Report on sanitation, dispensaries, and jails in Rajputana for 1919, and on vaccination for the year 1919-1920 - 1919-1920
Year: 1919
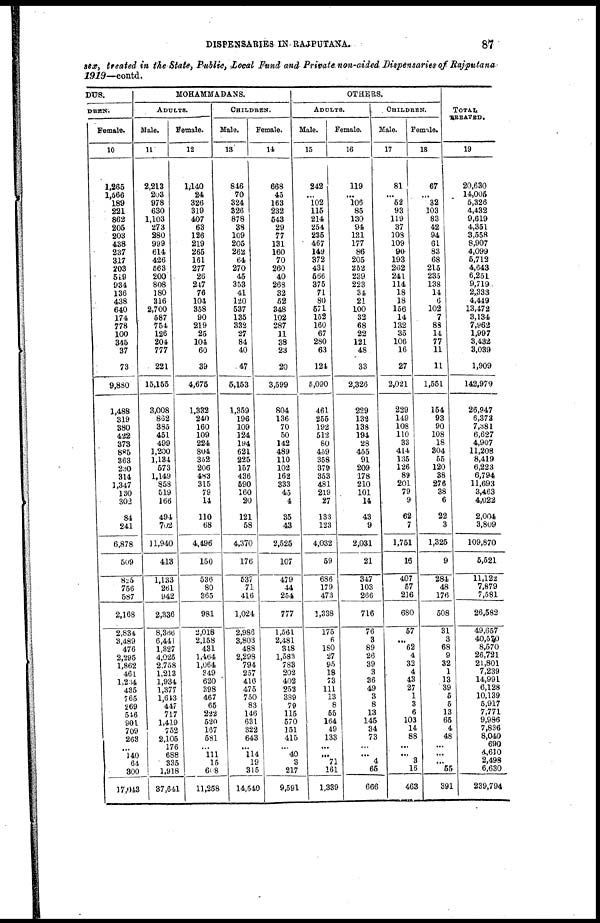
DISPENSARIES IN RAJPUTANA.
87
sex, treated in the State, Public, Local Fund and Private non-aided Dispensaries of Rajputana
1919—contd.
DUS.
DREN.
Female.
10
1,265
1,566
189
221
862
205
203
438
237
317
203
519
934
136
438
640
174
778
100
345
37
73
9,880
1,488
319
380
422
373
885
363
230
314
1,347
130
303
84
241
6,878
509
825
756
587
2,168
2,834
3,489
476
2,295
1,862
461
1,234
435
765
269
546
901
709
263
...
140
64
300
17,043
MOHAMMADANS.
ADULTS.
Male.
11
2,213
203
978
630
1,103
273
280
999
614
426
563
200
808
180
316
2,700
587
754
126
204
777
221
15,155
3,008
862
385
451
499
1,200
1,134
573
1,149
858
519
166
494
702
11,940
413
1,133
261
942
2,336
8,366
6,441
1,327
4,025
2,758
1,213
1,934
1,377
1,643
447
717
1,419
752
2,105
176
688
335
1,918
37,641
Female.
12
1,140
24
326
319
407
63
126
219
265
161
277
26
247
76
104
358
90
219
25
104
60
39
4,675
1,332
240
160
109
224
804
352
206
483
315
79
14
110
68
4,496
150
536
80
365
981
2,018
2,158
431
1,464
1,064
349
620
398
467
65
222
520
167
581
...
111
15
608
11,258
CHILDREN.
Male.
13
846
70
324
326
878
38
109
205
262
64
270
45
353
41
120
537
135
332
27
84
40
47
5,153
1,359
196
109
124
194
621
225
157
436
590
160
20
121
58
4,370
176
537
71
416
1,024
2,986
3,803
488
2,298
794
257
416
475
750
83
146
631
322
643
...
114
19
315
14,540
Female.
14
663
45
163
232
543
29
77
131
160
70
260
40
268
32
52
348
102
287
11
38
23
20
3,599
804
136
70
50
142
489
110
102
162
333
45
4
35
43
2,525
107
479
44
254
777
1,561
2,481
348
1,583
783
202
402
252
389
79
115
570
151
415
...
40
3
217
9,591
OTHERS.
ADULTS.
Male.
15
242
...
102
115
214
254
235
467
149
372
431
566
375
71
80
571
152
160
67
280
63
124
5,090
461
255
192
512
80
459
358
379
353
481
219
27
133
123
4,032
59
686
179
473
1,338
175
6
180
27
95
18
73
111
13
8
55
164
49
133
...
...
71
161
1,339
Female.
16
119
...
106
85
130
94
131
177
86
205
252
239
223
34
21
100
32
68
22
121
48
33
2,326
229
132
138
194
28
455
91
209
178
210
101
14
43
9
2,031
21
347
103
266
716
76
3
89
26
39
3
36
49
3
8
13
145
34
73
...
...
4
65
666
CHILDREN.
Male.
17
81
...
52
93
119
37
108
109
90
193
262
241
114
18
18
156
14
132
35
106
16
27
2,021
229
149
108
110
33
414
135
126
89
201
79
9
62
7
1,751
16
407
57
216
680
57
...
62
4
32
4
43
27
1
3
6
103
14
88
...
...
3
16
463
Female.
18
67
...
32
103
83
42
94
61
83
68
215
235
138
14
6
102
7
88
14
77
11
11
1,551
154
93
90
108
18
304
55
120
38
276
38
6
22
3
1,325
9
284
48
176
508
31
3
68
9
32
1
13
39
5
5
13
65
4
48
...
...
...
55
391
TOTAL
TREATED.
19
20,630
14,005
5,326
4,432
9,619
4,351
3,558
8,907
4,099
5,712
4,643
6,251
9,719
2,333
4,449
13,472
3,134
7,962
1,997
3,432
3,039
1,909
142,979
26,947
6,373
7,381
6,627
4,907
11,208
8,419
6,223
6,794
11,693
3,463
4,022
2,004
3,809
109,870
5,521
11,122
7,879
7,581
26,582
49,657
40,570
8,570
26,721
21,801
7,239
14,991
6,128
10,139
5,917
7,771
9,986
7,836
8,040
690
4,610
2,498
6,630
239,794